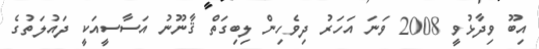
އިބޫ ވިދާޅުވީ 2008 ވަނަ އަހަރު ދިވެހިން ލިބިގަތް ޤާނޫނު އަސާސީއަކީ ދައުލަތުގެ